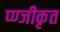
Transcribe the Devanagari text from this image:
प्ण्जीकृत